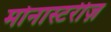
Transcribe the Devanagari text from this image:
मोनास्टरीज़